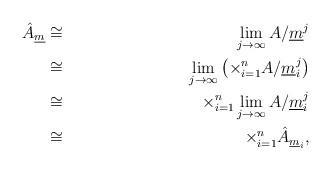
LaTeX: \begin{align*} \hat{A}_{\underline{m}} & \cong & \lim_{j\rightarrow\infty} A/\underline{m}^j \\ & \cong & \lim_{j\rightarrow\infty} \left( \times_{i=1}^n A/\underline{m}^j_i\right) \\ & \cong & \times_{i=1}^n\lim_{j\rightarrow\infty} A/\underline{m}^j_i \\ & \cong & \times_{i=1}^n \hat{A}_{\underline{m}_i},\end{align*}